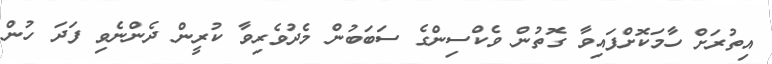
އިތުރަށް ހާމަކޮށްފައިވާ ގޮތުން ވެކްސިންގެ ސަބަބުން މެދުވެރިވާ ކުރީން ދެންނެވި ފަދަ ހުން